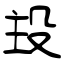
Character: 殶